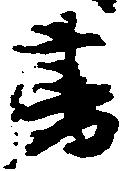
書